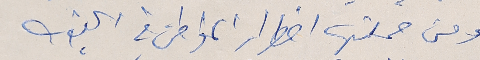
ومن جملتها اضطرار المواطن في الجنوب